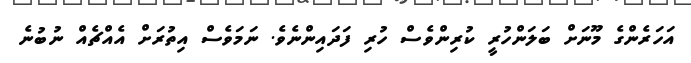
އަހަރެންގެ މޫނަށް ބަލަންހުރީ ކުރިންވެސް ހުރި ފަދައިންނެވެ. ނަމަވެސް އިތުރަށް އެއްޗެއް ނުބުނެ